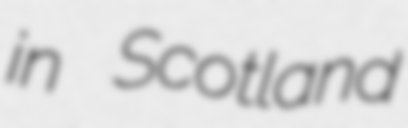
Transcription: in Scotland